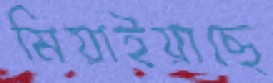
মিয়াইয়াছে